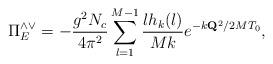
LaTeX: \begin{align*}\Pi^{\wedge\vee}_E = -{g^2N_c\over4\pi^2}\sum_{l=1}^{M-1}{lh_k(l)\over Mk}e^{-k{\bf Q}^2/2MT_0},\end{align*}